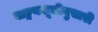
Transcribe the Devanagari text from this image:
वाङ्मयसूचीनुसारी